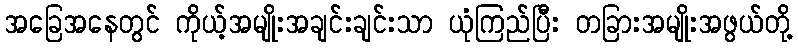
အခြေအနေတွင် ကိုယ့်အမျိုးအချင်းချင်းသာ ယုံကြည်ပြီး တခြားအမျိုးအဖွယ်တို့